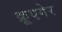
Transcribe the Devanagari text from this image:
क्रूएगेर